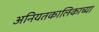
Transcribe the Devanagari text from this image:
अनियतकालिकाच्या